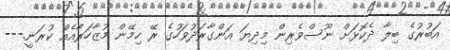
އަބުރުގެ ބިލާ ދެކޮޅަށް ނޫސްވެރިން މިދިޔަ އަންގާރަދުވަހުގެ ރޭ ހިމޭން މުޒާހަރާއެއް ކުރަނީ.---